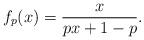
LaTeX: \begin{align*} f_p (x) = \frac{x}{p x + 1- p} .\end{align*}